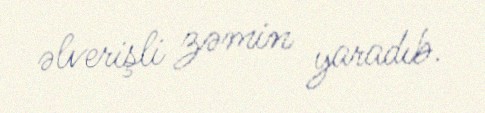
əlverişli zəmin yaradıb.